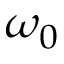
\omega _ { 0 }